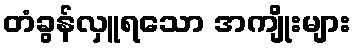
တံခွန်လှူရသော အကျိုးများ